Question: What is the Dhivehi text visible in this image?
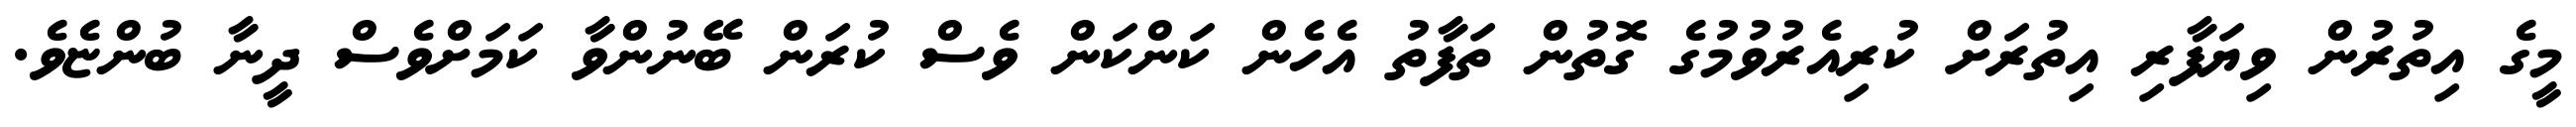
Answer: މީގެ އިތުރުން ވިޔަފާރި އިތުރަށް ކުރިއެރުވުމުގެ ގޮތުން ތަފާތު އެހެން ކަންކަން ވެސް ކުރަން ބޭނުންވާ ކަމަށްވެސް ދީނާ ބުންޏެވެ.